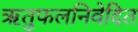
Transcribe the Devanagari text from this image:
ऋतुफलनिवेदित